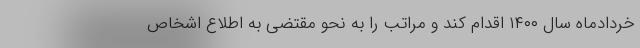
خردادماه سال ۱۴۰۰ اقدام کند و مراتب را به نحو مقتضی به اطلاع اشخاص